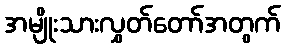
အမျိုးသားလွှတ်တော်အတွက်